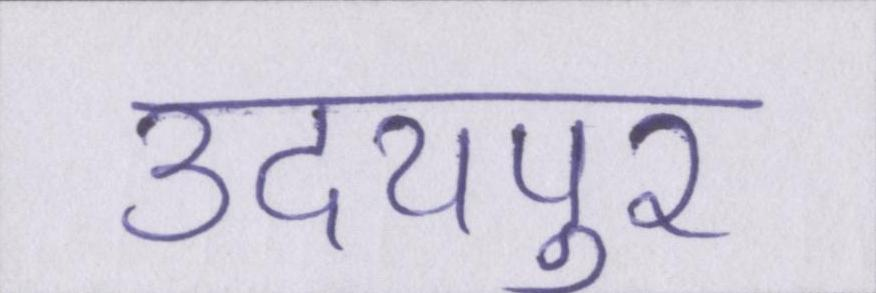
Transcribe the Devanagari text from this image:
उदयपुर